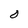
Character: 0